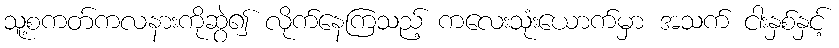
သူ့စကတ်ကလနားကိုဆွဲ၍ လိုက်နေကြသည့် ကလေးသုံးယောက်မှာ အသက် ငါးနှစ်နှင့်